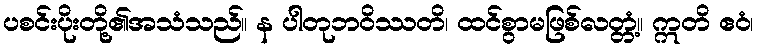
ပစင်းပိုးတို့၏အသံသည်။ န ပါတုဘဝိဿတိ၊ ထင်စွာမဖြစ်လတ္တံ့။ ဣတိ ဧဝံ၊